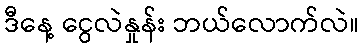
ဒီနေ့ ငွေလဲနှုန်း ဘယ်လောက်လဲ။